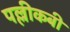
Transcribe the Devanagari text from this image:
पल्लीकबी